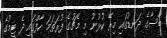
ބާސާގެ ދަނޑުގައި މިރޭ ކުޅުނު މި މެޗުގެ ފުރަތަމަ ހާފްގައި ދެ ޓީމުގެ